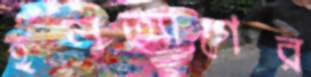
হলত্যাগের